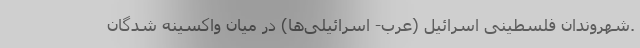
.شهروندان فلسطینی اسرائیل (عرب- اسرائیلی‌ها) در میان واکسینه شدگان